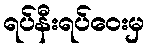
ရပ်နီးရပ်ဝေးမှ